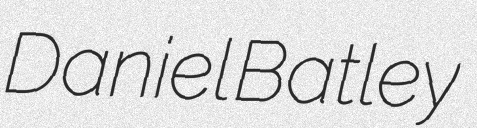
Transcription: Daniel Batley